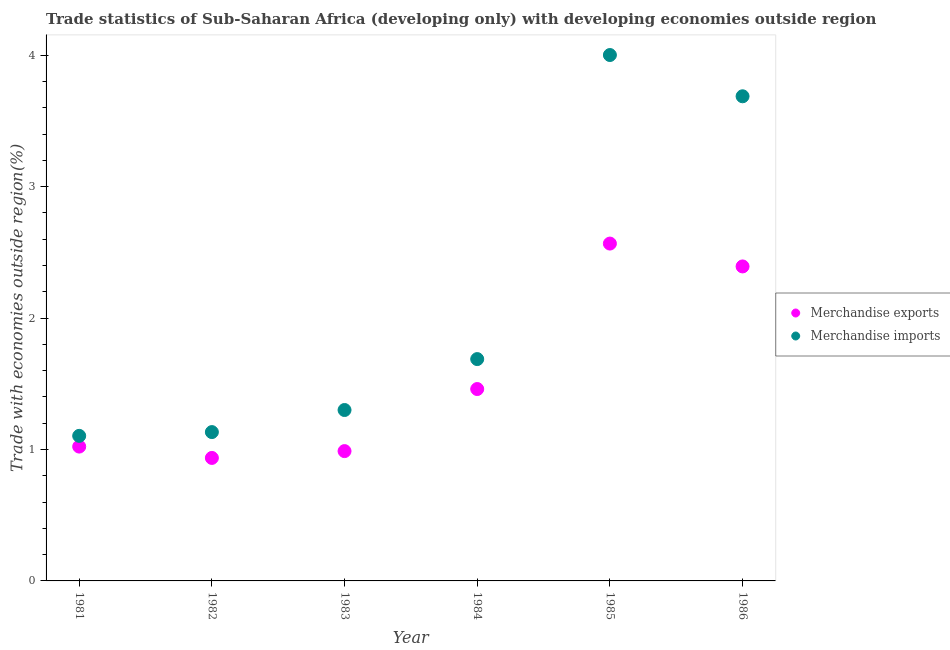
| Year | Merchandise exports | Merchandise imports |
 | --- | --- | --- |
 | 1981 | 1.02 | 1.1 |
 | 1982 | 0.936 | 1.13 |
 | 1983 | 0.988 | 1.3 |
 | 1984 | 1.46 | 1.69 |
 | 1985 | 2.57 | 4 |
 | 1986 | 2.39 | 3.69 |